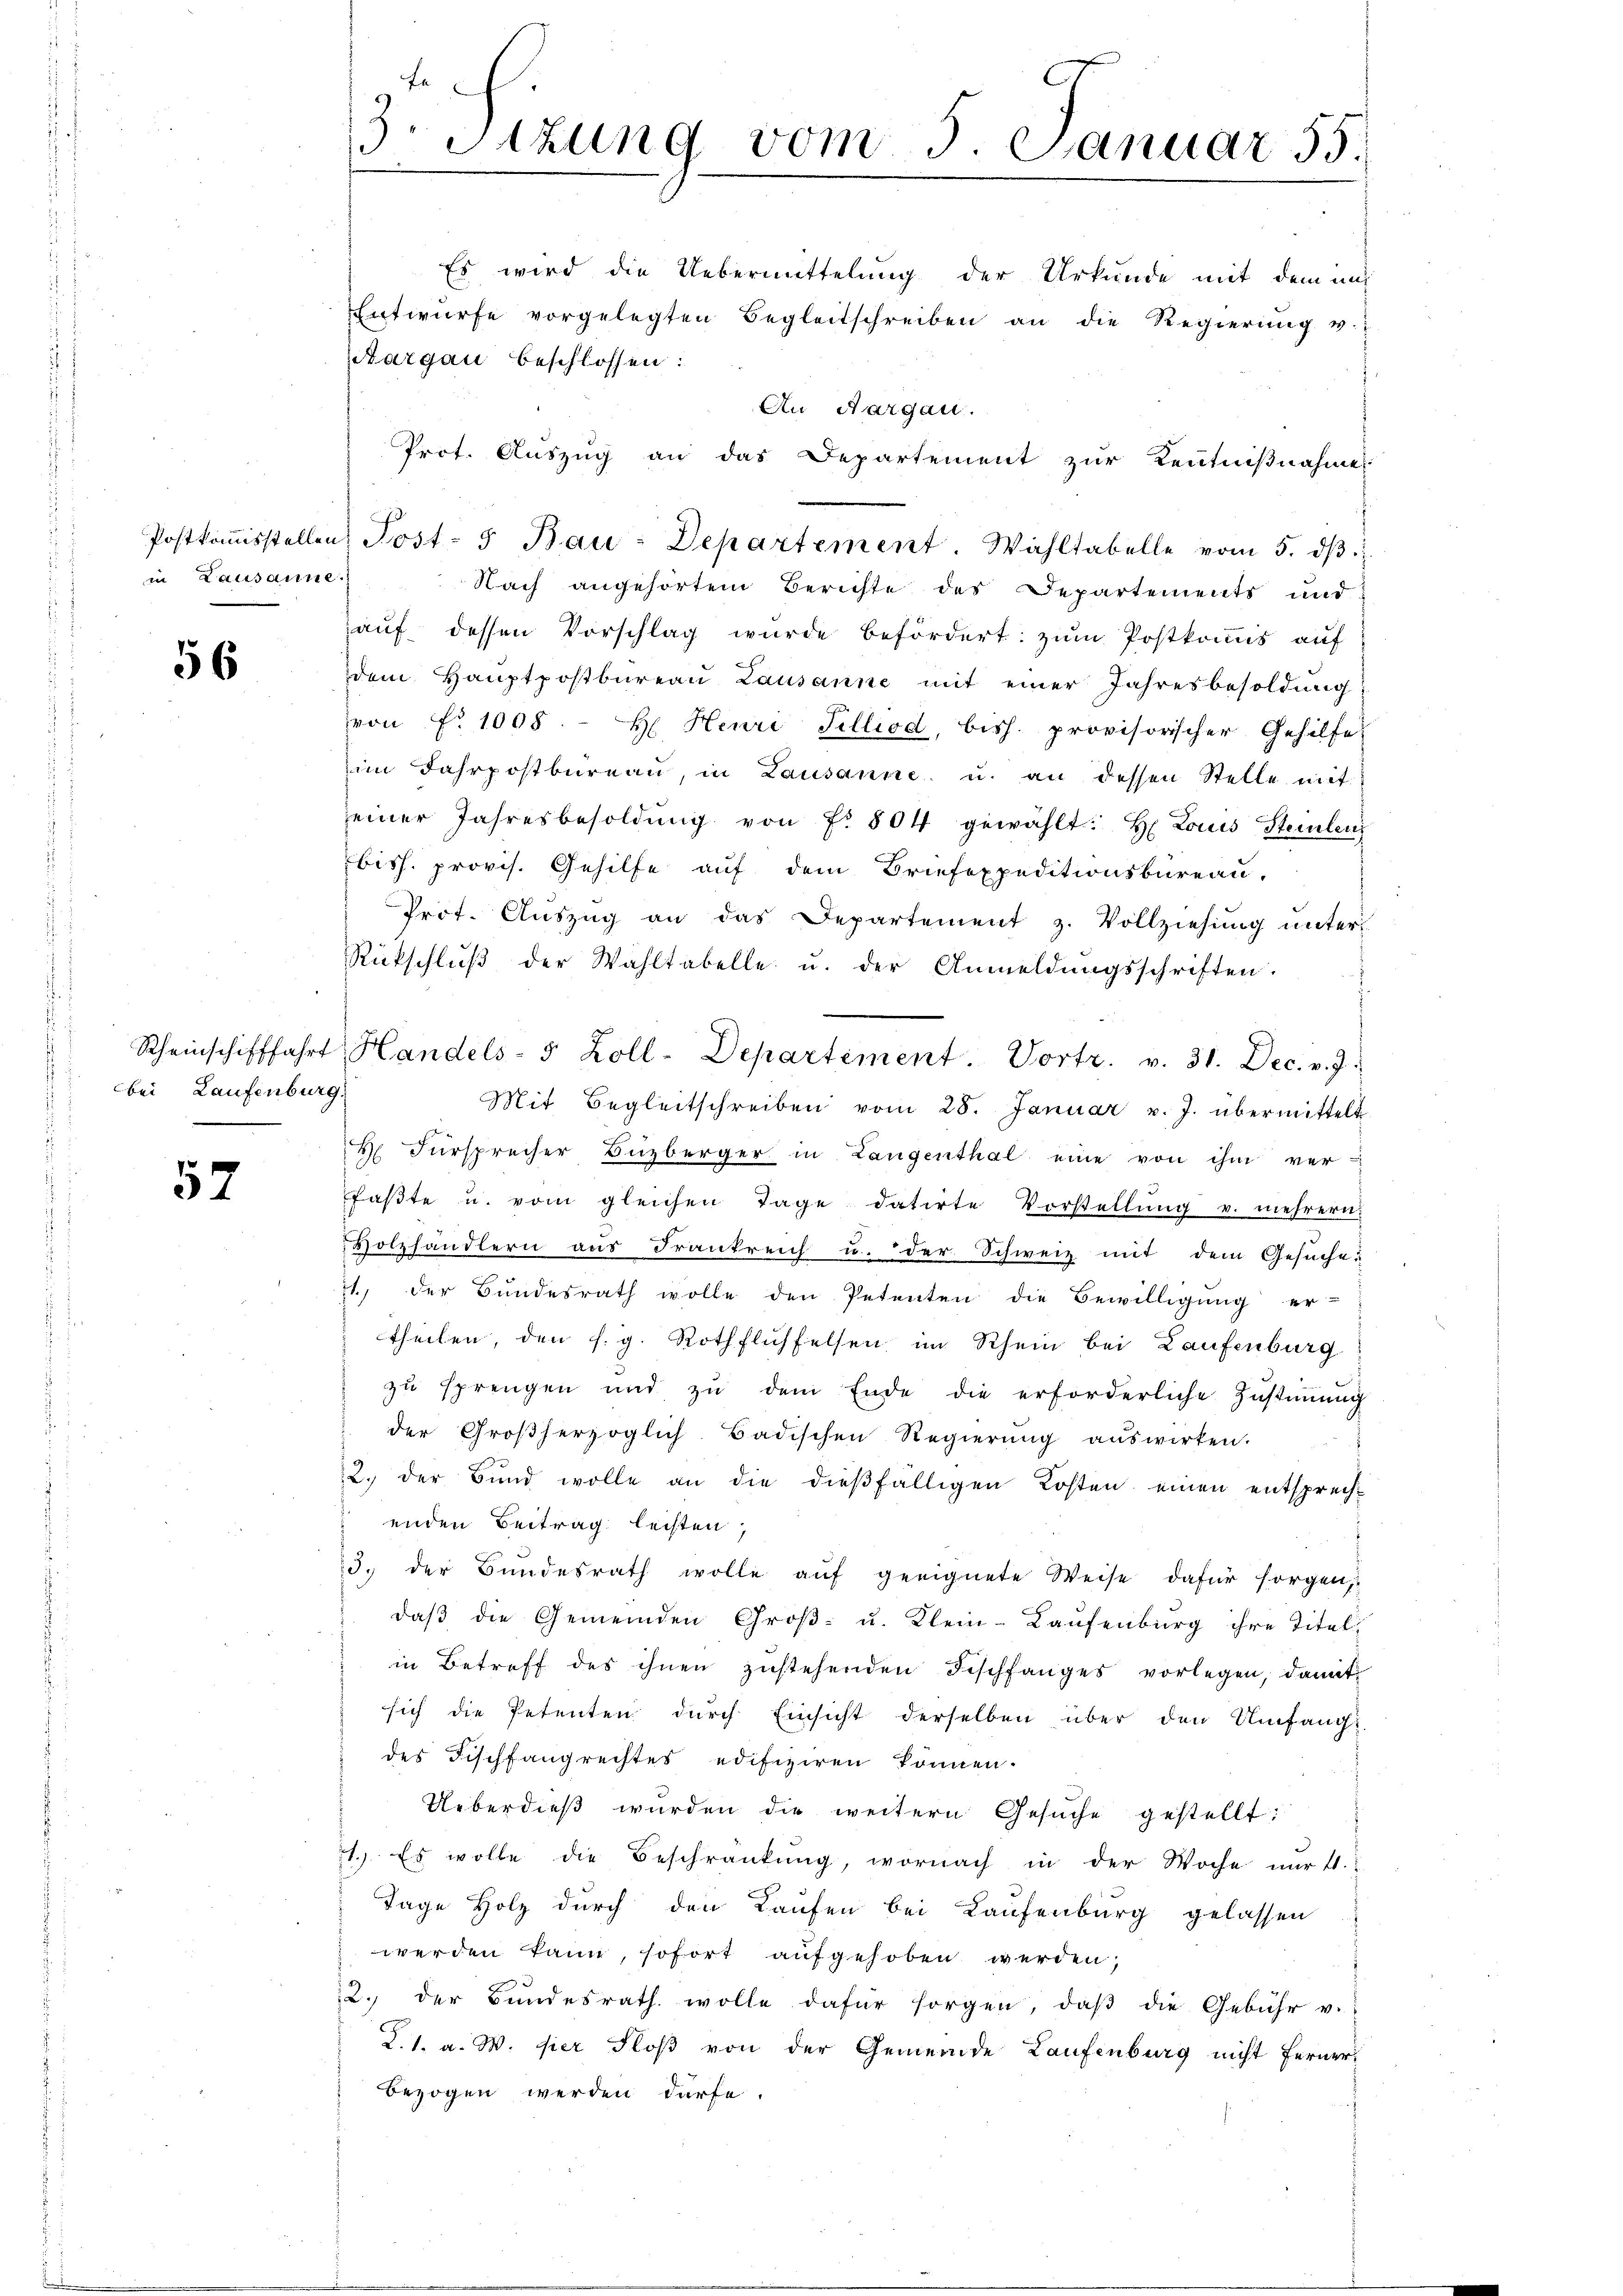
in Lausanne.

56

bei Laufenburg.

57

fe
3Stzung vom 5. Januar 55.

Es wird die Uebermittelung der Urkunde mit dem unt
Entwürfe vorgelegten Begleitschreiben an die Regierŭng u.
Aargau beschlossen:
An Aargau.
Prot. Auszug an das Departement zur Kenntnißnahme
Nach angehörtem Berichte des Departements und
auf dessen Vorschlag wurde befördert: zum Postkommis auf
dem Haŭptpostbüreau Lausanne mit einer Jahresbesoldung
von Nr. 1008. - H. Heuri Tilliod, bish. provisorischer Gehilfe
im Fahrpostbüreaŭ in Lausanne, u. an dessen Stelle mit
einer Jahresbesoldŭng von fr. 804 gewählt: H. Louis Steilen
biss. provis. Gehilfe auf dem Briefexpeditionsbüreau,
Prot. Aŭszŭg an das Departement z. Vollziehung unter-
Rückschlŭβ der Wahltabelle u. der Anmeldŭngsschriften.
Scheinschifffahrt, Handels- 5 Zoll-Departement. Vortr. v. 31. Dec. v. J.
Mit Begleitschreiben vom 28. Januar v. J. übermittelt
 Fürsprecher Buzberger in Langenthal eine von ihm ver-
faβte u. vom gleichen Tage datirte Vorstellŭng v. mehrern.
Holzhändlern aus Frankreich u. der Schweiz mit dem Gesuche
71., der Bundesrath wolle den Petenten die Bewilligung er-
theilen, den s. g. Rothflichselsen im Rhein bei Laufenburg
zu sprengen und zŭ dem Ende die erforderliche Zŭstiṁŭng
der Großherzoglich-Badischen Regierŭng aŭswirken.
2. der Bund wolle an die dießfälligen Kosten einen entsprech-
enden Beitrag leisten,
3. der Bundesrath wolle aŭf geeignete Weise dafür sorgen,
daβ die Gemeinden Groβ- u. Klein-Kaufenburg ihre Titel-
in Betreff des ihnen zustehenden Beschfanges vorlegen, damit
sich die Petenten durch Einsicht derselben über den Umfangs
des Fischfangrechtes edifiziren können.
Ueberdieß wurden die weitern Gesŭche gestellt:
1.) Es wolle die Beschränkung, wornach in der Woche nur 41.
Tage Holz durch den Laufen bei Laufenburg gelassen
werden kann, sofort aufgehoben werden,
12. der Bundesrath wolle dafür sorgen, daβ die Gebühr v.
K.1. a. W. fier Floß von der Gemeinde Laufenburg nicht ferner¬
Bezogen werden dürfe.

Postkoṁisstellen Post- 5 Bau-Departement. Wahltabelle vom 5. dβ.